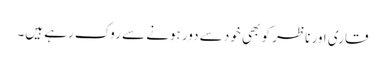
قاری اور ناظر کو بھی خود سے دور ہونے سے روک رہے ہیں۔